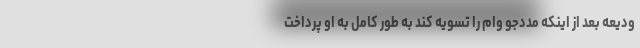
ودیعه بعد از اینکه مددجو وام را تسویه کند به طور کامل به او پرداخت